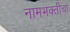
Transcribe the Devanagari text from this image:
नामभक्तीचा